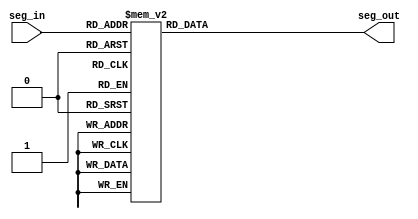
// ECE6370
//Seven segment display mapping 
module seven_seg(seg_in, seg_out);
 //declaring inputs and outputs
 input[3:0] seg_in;
 output[6:0] seg_out;
 reg[6:0] seg_out;
 
 //loop for sensitivity list
 always @ (seg_in)
 begin //mapping inputs to the display leds begins
//'0' turns LED On and '1' turns LED Off
  case(seg_in)
   4'h0:
   begin
    seg_out=7'b0000001;
    //displays '0'
   end
   4'h1:
   begin
    seg_out=7'b1001111;
    //displays '1'
   end
   4'h2:
   begin
    seg_out=7'b0010010;
    //displays '2'
   end
   4'h3:
   begin
    seg_out=7'b0000110;
    //displays '3'
   end
   4'h4:
   begin
    seg_out=7'B1001100;
    //displays '4'
   end
   4'h5:
   begin
    seg_out=7'b0100100;
    //displays '5'
   end
   4'h6:
   begin
    seg_out=7'b0100000;
    //displays '6'
   end
   4'h7:
   begin
    seg_out=7'b0001111;
    //displays '7'
   end
   4'h8:
   begin
    seg_out=7'b0000000;
    //displays '8'
   end
   4'h9:
   begin
    seg_out=7'b0000100;
    //displays '9'
   end
   4'hA:
   begin
    seg_out=7'b0000010;
    //displays 'a'
   end
   4'hB:
   begin
    seg_out=7'b1100000;
    //displays 'b'
   end
   4'hC:
   begin
    seg_out=7'b0110001;
    //displays 'C'
   end
   4'hD:
   begin
    seg_out=7'b1000010;
    //displays 'd'
   end
   4'hE:
   begin
    seg_out=7'b0010000;
    //displays 'e'
   end
   4'hF:
   begin
    seg_out=7'b0111000;
    //displays 'F'
   end
   default:
   begin
    seg_out=7'b1111111;
   end
  endcase
 end
endmodule